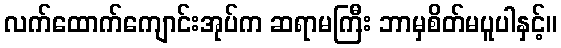
လက်ထောက်ကျောင်းအုပ်က ဆရာမကြီး ဘာမှစိတ်မပူပါနှင့်။